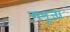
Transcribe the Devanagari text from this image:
मनूजा